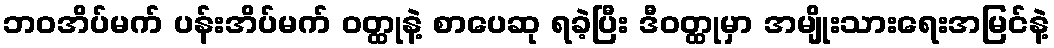
ဘဝအိပ်မက် ပန်းအိပ်မက် ဝတ္ထုနဲ့ စာပေဆု ရခဲ့ပြီး ဒီဝတ္ထုမှာ အမျိုးသားရေးအမြင်နဲ့